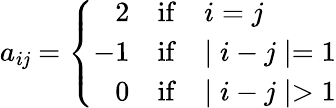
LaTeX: a_{i\mathit{j}}=\left\{ \begin{array}{rll}{{2}}&{{\mathrm{if}}}&{{i=j}}\\ {{-1}}&{{\mathrm{if}}}&{{\mid i-j\mid=1}}\\ {{0}}&{{\mathrm{if}}}&{{\mid i-j\mid>1}}\end{array}\right.